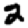
Digit: 2